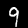
Label: 9